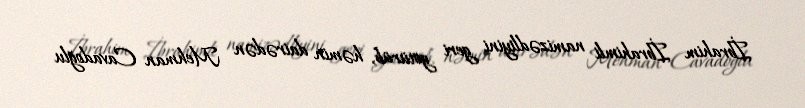
İbrahim İbrahimli namizədliyini geri götürüb, həmin dairədən Mehman Cavadoğlu